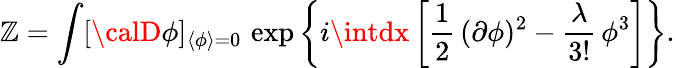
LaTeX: \mathbb{Z}=\int[{\calD}\phi]_{\langle\phi\rangle=0}\, \exp\left\{ i\intdx\left[\frac{{1}}{{2}}\, (\partial\phi)^{2}-\frac{{\lambda}}{{3!}}\, \phi^{3}\right]\right\} .